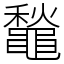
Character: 䵸